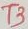
Text: T3